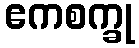
ဧကစက္ခု